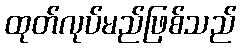
ထုတ်လုပ်မည်ဖြစ်သည်